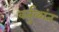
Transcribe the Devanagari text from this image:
वर्तुळांत